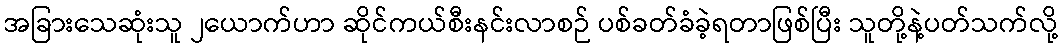
အခြားသေဆုံးသူ ၂ယောက်ဟာ ဆိုင်ကယ်စီးနင်းလာစဉ် ပစ်ခတ်ခံခဲ့ရတာဖြစ်ပြီး သူတို့နဲ့ပတ်သက်လို့